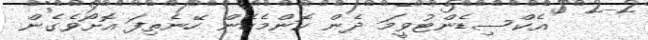
އެކްސިޑެންޓުވީމަ ދެން ކޮންމެހެން ހޭނެތިފަ އޮށޯވެގެން